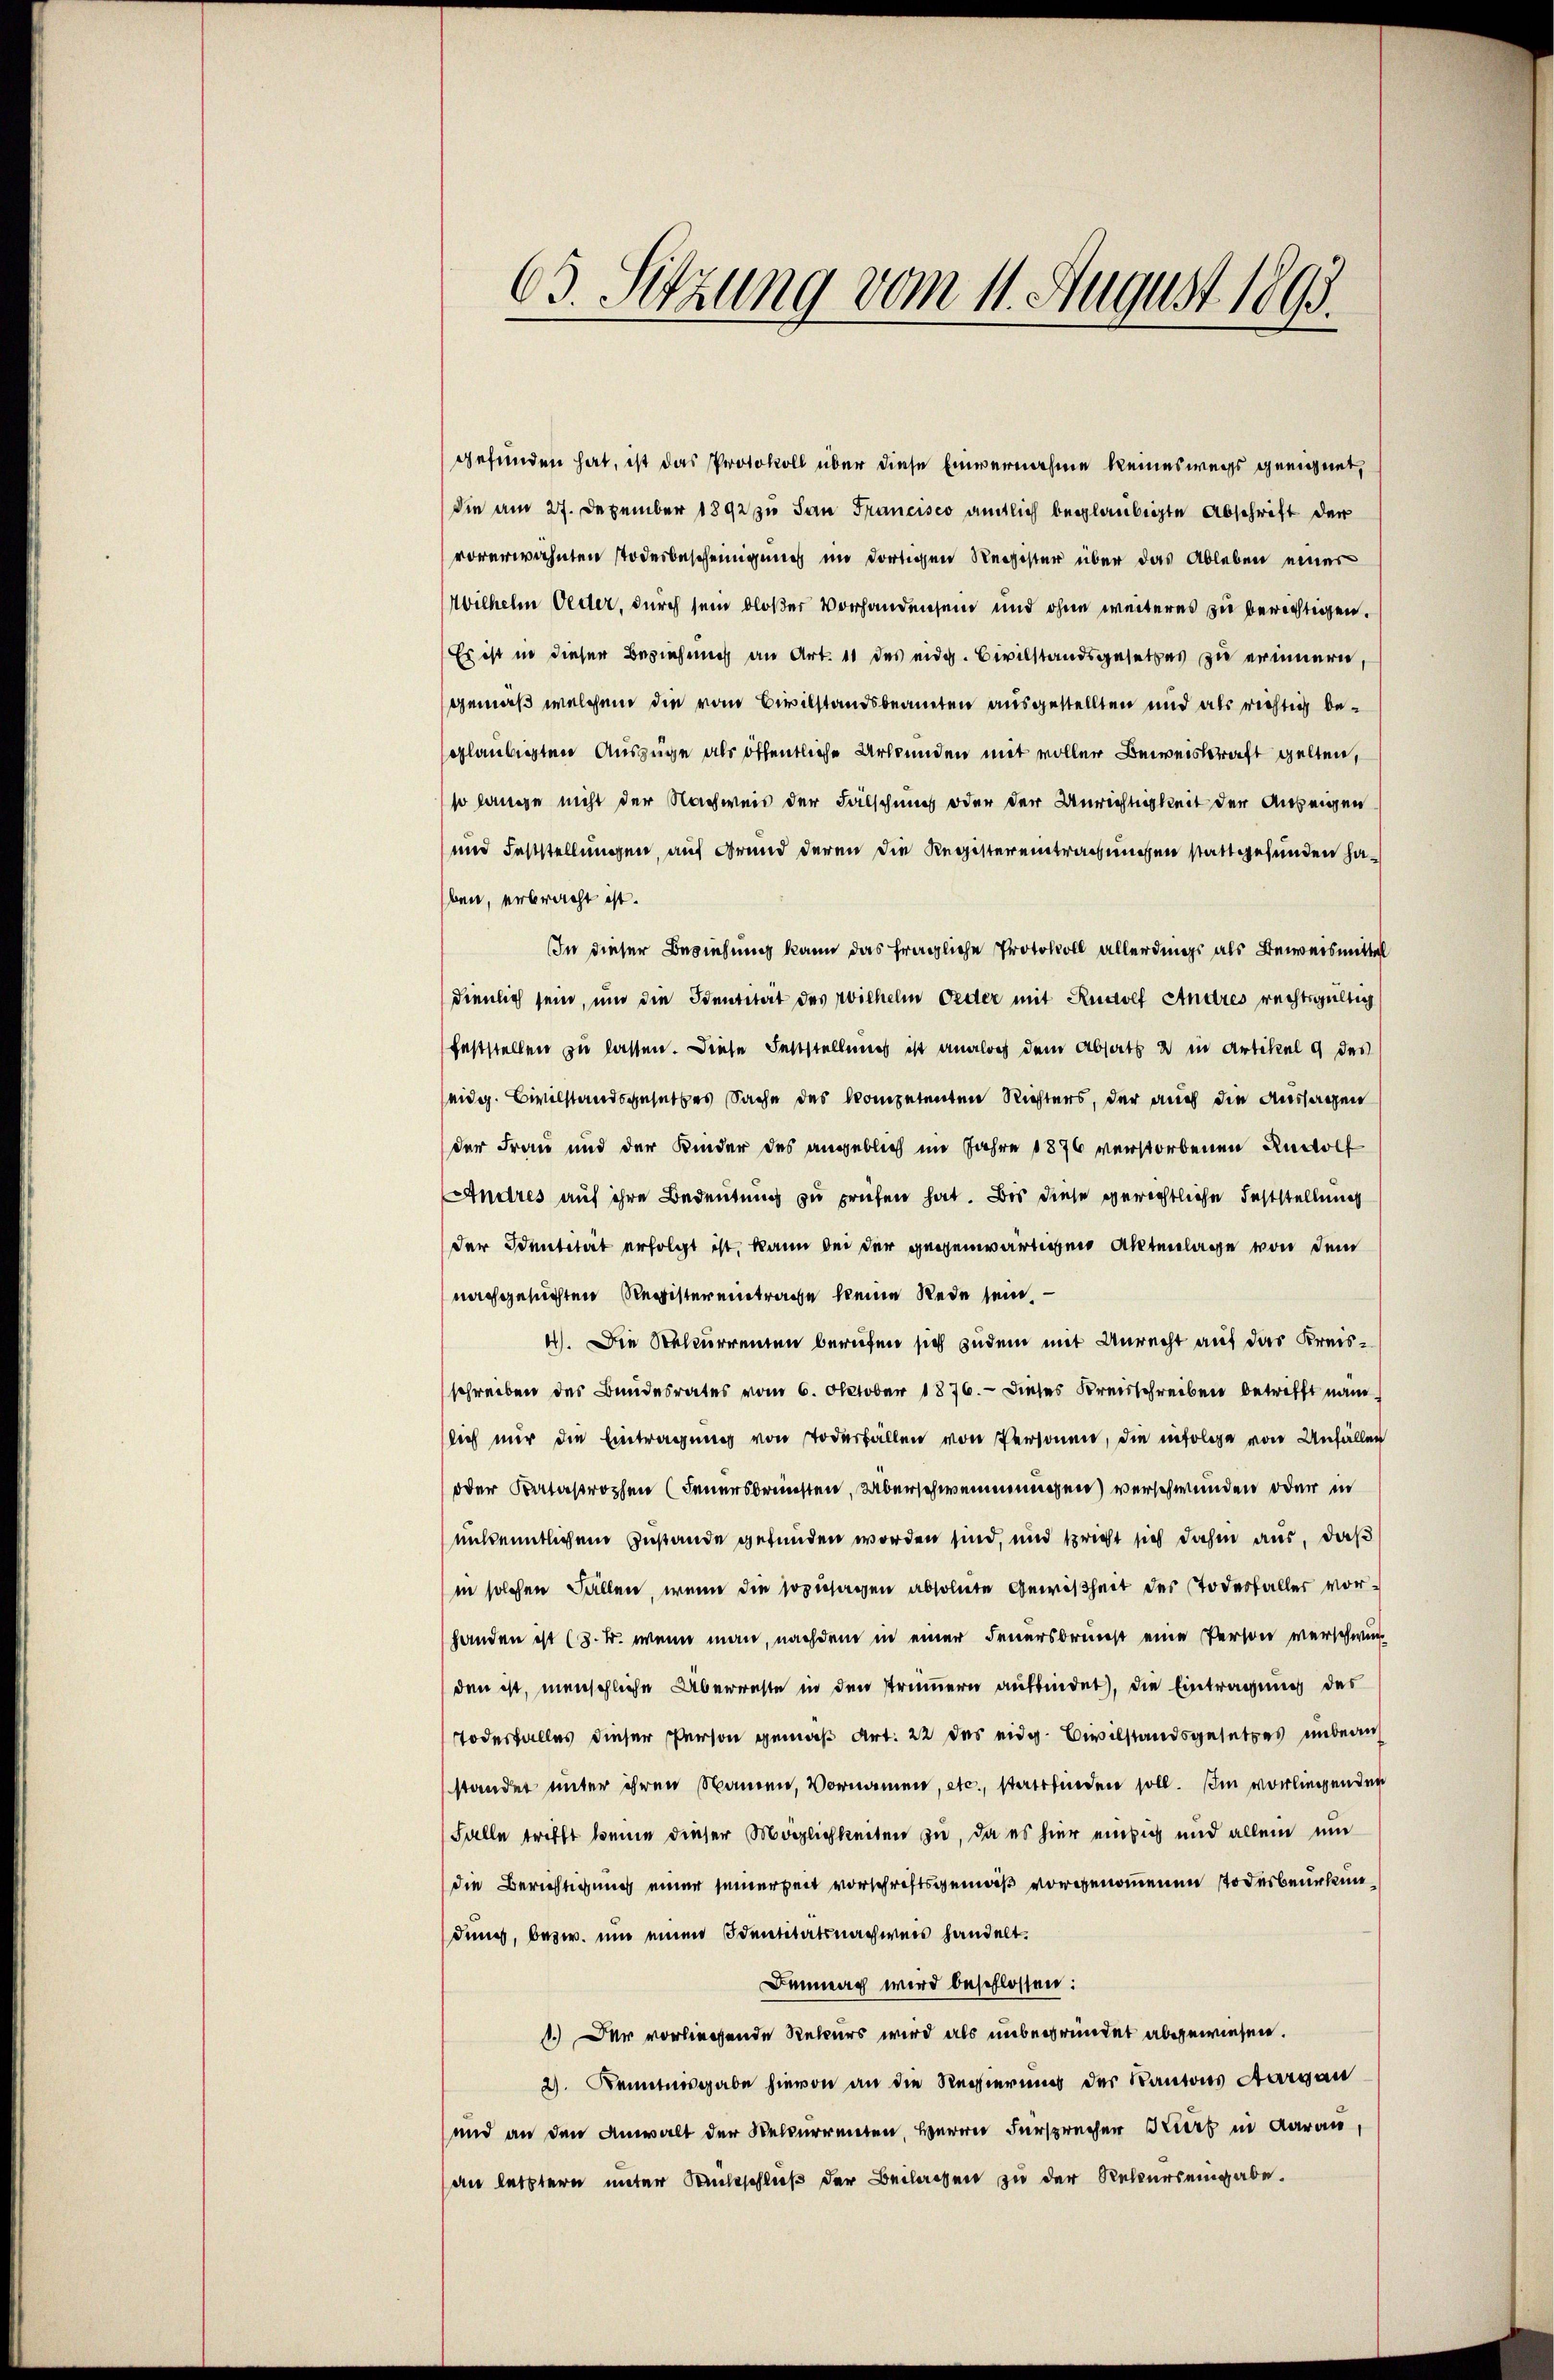
gefunden hat, ist das Protokoll über diese Einvernahme keineswegs geeignet,
die am 27. Dezember 1892 zu San Francisco amtlich beglaubigte Abschrift der
vorerwähnten Todesbescheinigung im dortigen Register über das Ableben einer
Wilhelm Vetter, durch sein bloßer Vorhandensein und ohne weiteres zu berichtigen.
Es ist in dieser Beziehung an Art. 11 des eidg. Civilstandsgesetzes zu erinnern,
gemäß welchem die vom Civilstandsbeanten ausgestellten und als richtig beglaubigten Auszüge als öffentliche Urkunden mit voller Beweiskraft gelten,
so lange nicht der Nachweis der Fälschung oder der Unrichtigkeit der Anzeigen
und Feststellungen, auf Grund deren die Registereintragungen stattgefunden haben, erbracht ist.
In dieser Beziehung kann das fragliche Protokoll allerdings als Beweismittel
dienlich sein, und die Identität des Wilhelm Oeder mit Rudolf Andres rechtsgültig
feststellen zu lassen. Diese Feststellung ist analoch dem Absatz u in Artikel 9 des
eidg. Civilstandsgesetzes Sache des kompetenten Richters, der auch die Aussagen
der Frau und der Kinder des angeblich im Jahre 1876 verstorbenen Rudolf
Andres auf ihre Bedeutung zu prüfen hat. Bis diese gerechtliche Feststellung
der Identität erfolgt ist, kann bei der gegenwärtigen Aktenlage von dem
nachgesuchten Register eintrage keine Rede sein.
4). Die Rekurrenten berufen sich zudem mit Unrecht auf das Kreisschreiben des Bundesrates vom 6. Oktober 1876. - Dieses Kreisschreiben betrifft nam
sich nur die Eintragung von Todesfällen von Person, die infolge von Unfäller
oder Katastrophen (Feuersbrünsten, Überschwemmungen) verschwunden oder in
unkenntlichem Zustande gefunden worden sind, und spricht sich dahin aus, daß
in solchen Fällen, wenn die sozusagen absolute Gewißheit des Todesfaller vorhanden ist (8. k. wenn man, nachdem in einer Feuersbrunst eine Person verschwurden ist, menschliche Überreste in den Trümmern auffindet, die Eintragung des
Todesfalles dieser Person gemäß Art. 22 des eidg. Civilstandsgesetzes unbean
standet unter ihren Namen, Vornamen, etc., stattfinden soll. Im vorliegenden
Falle trifft keine dieser Möglichkeiten zu, da es hier einzig und allein um
die Berichtigung einer seinerzeit vorschriftsgemäß vorgenommenen Todesbeurkundung, bezw. und einen Identitätsnachweis handelt.
Bemnach wird beschlossen:
1.) Der vorliegende Rekurs wird als unbegründet abgewiesen.
2) Kenntnisgabe hievon an die Regierung der Kantons Aargau
und an den Anwalt der Selcurrenten, Herrn Fürsprecher Bier in daran,
an letztern unter Rückschluß der Beilagen zu der Rekurs eingabe.

63. Sitzung vom 11. August 1895.